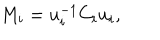
M _ { i } = u _ { i } ^ { - 1 } C _ { i } u _ { i } ,